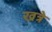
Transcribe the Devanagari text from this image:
खत्रे